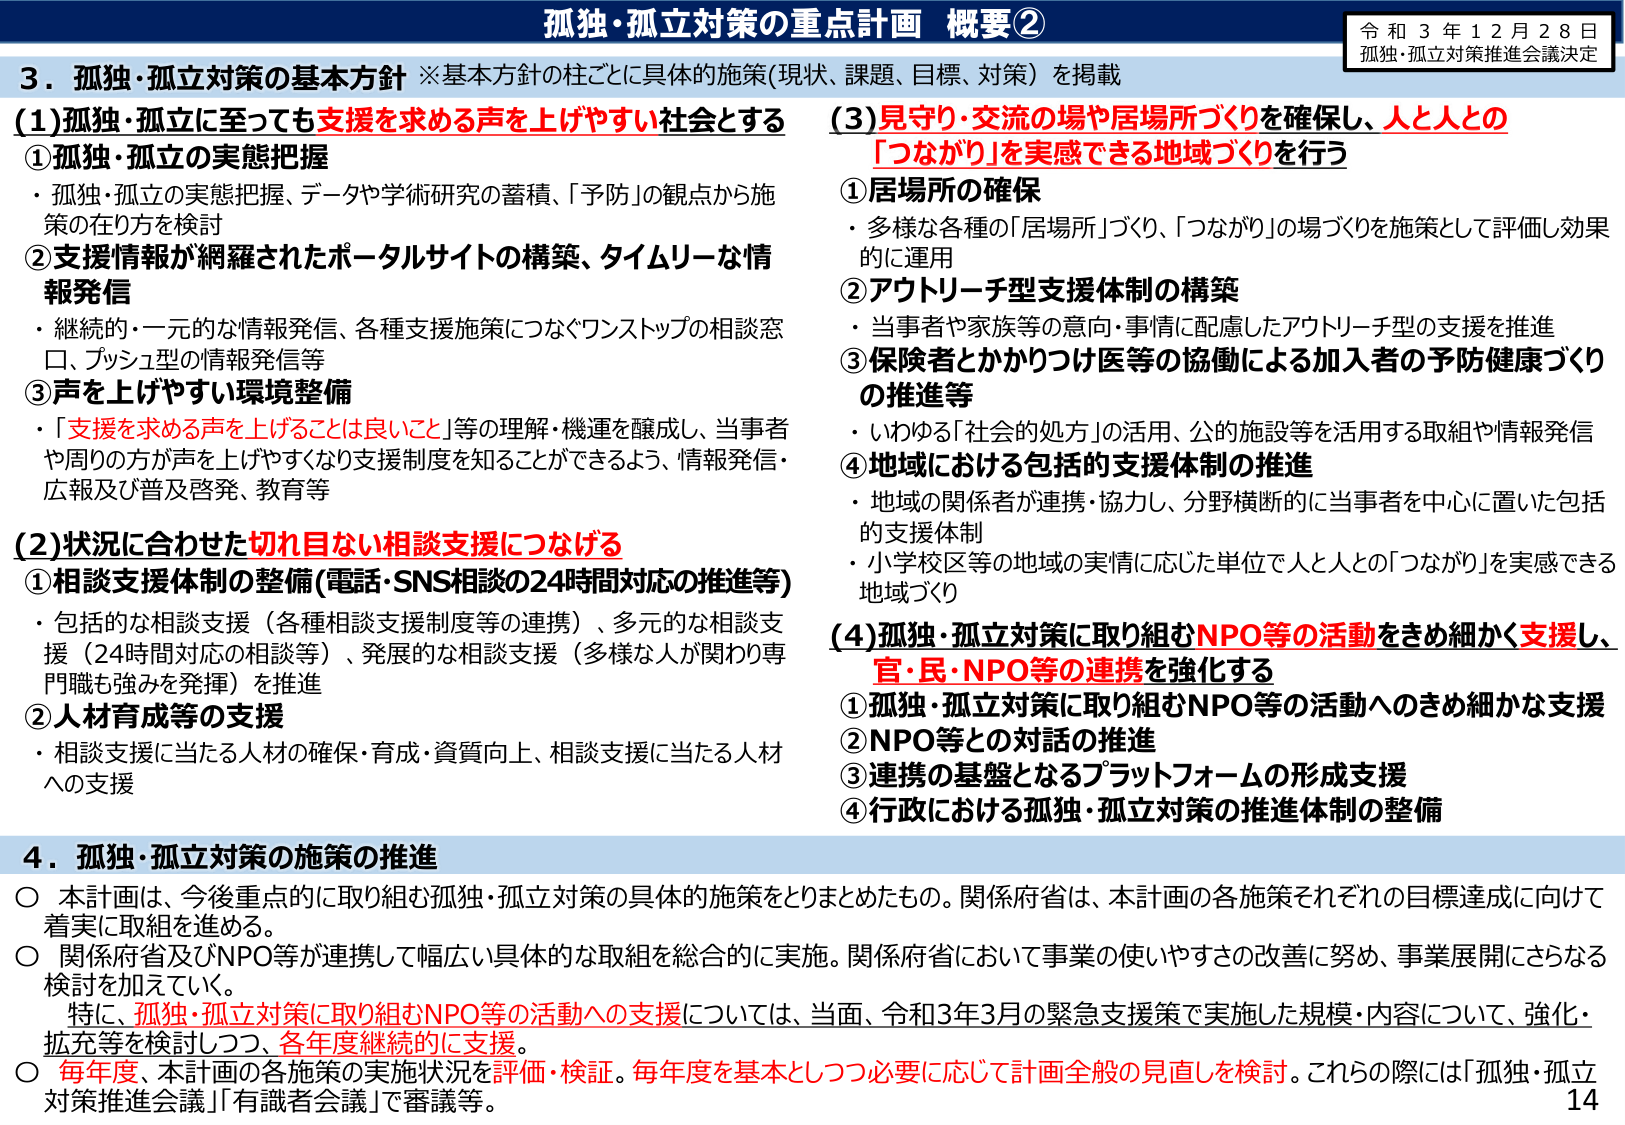
孤独・孤立対策の重点計画 概要②
令和３年１２月２８日
孤独・孤立対策推進会議決定

３．孤独・孤立対策の基本方針 ※基本方針の柱ごとに具体的施策（現状、課題、目標、対策）を掲載

（1）孤独・孤立に至っても支援を求める声を上げやすい社会とする
①孤独・孤立の実態把握
・孤独・孤立の実態把握、データや学術研究の蓄積、「予防」の観点から施策の在り方を検討
②支援情報が網羅されたポータルサイトの構築、タイムリーな情報発信
・継続的・一元的な情報発信、各種支援施策につなぐワンストップの相談窓口、プッシュ型の情報発信等
③声を上げやすい環境整備
・「支援を求める声を上げることは良いこと」等の理解・機運を醸成し、当事者や周りの方が声を上げやすくなり支援制度を知ることができるよう、情報発信・広報及び普及啓発、教育等

（2）状況に合わせた切れ目ない相談支援につなげる
①相談支援体制の整備（電話・SNS相談の24時間対応の推進等）
・包括的な相談支援（各種相談支援制度等の連携）、多元的な相談支援（24時間対応の相談等）、発展的な相談支援（多様な人が関わり専門職も強みを発揮）を推進
②人材育成等の支援
・相談支援に当たる人材の確保・育成・資質向上、相談支援に当たる人材への支援

（3）見守り・交流の場や居場所づくりを確保し、人と人との「つながり」を実感できる地域づくりを行う
①居場所の確保
・多様な各種の「居場所」づくり、「つながり」の場づくりを施策として評価し効果的に運用
②アウトリーチ型支援体制の構築
・当事者や家族等の意向・事情に配慮したアウトリーチ型の支援を推進
③保険者とかかりつけ医等の協働による加入者の予防健康づくりの推進等
・いわゆる「社会的処方」の活用、公的施設等を活用する取組や情報発信
④地域における包括的支援体制の推進
・地域の関係者が連携・協力し、分野横断的に当事者を中心に置いた包括的支援体制
・小学校区等の地域の実情に応じた単位で人と人との「つながり」を実感できる地域づくり

（4）孤独・孤立対策に取り組むNPO等の活動をきめ細かく支援し、官・民・NPO等の連携を強化する
①孤独・孤立対策に取り組むNPO等の活動へのきめ細かな支援
②NPO等との対話の推進
③連携の基盤となるプラットフォームの形成支援
④行政における孤独・孤立対策の推進体制の整備

４．孤独・孤立対策の施策の推進
○ 本計画は、今後重点的に取り組む孤独・孤立対策の具体的施策をとりまとめたもの。関係府省は、本計画の各施策それぞれの目標達成に向けて着実に取組を進める。
○ 関係府省及びNPO等が連携して幅広い具体的な取組を総合的に実施。関係府省において事業の使いやすさの改善に努め、事業展開にさらなる検討を加えていく。
　特に、孤独・孤立対策に取り組むNPO等の活動への支援については、当面、令和3年3月の緊急支援策で実施した規模・内容について、強化・拡充等を検討しつつ、各年度継続的に支援。
○ 毎年度、本計画の各施策の実施状況を評価・検証。毎年度を基本として必要に応じて計画全般の見直しを検討。これらの際には「孤独・孤立対策推進会議」「有識者会議」で審議等。

14